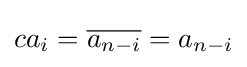
ca_{i}={\overline {a_{n-i}}}=a_{n-i}